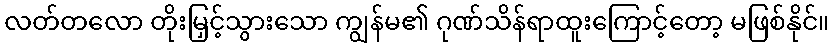
လတ်တလော တိုးမြှင့်သွားသော ကျွန်မ၏ ဂုဏ်သိန်ရာထူးကြောင့်တော့ မဖြစ်နိုင်။